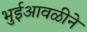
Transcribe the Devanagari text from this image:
भुईआवळीने